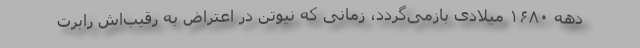
دهه ۱۶۸۰ میلادی بازمی‌گردد، زمانی که نیوتن در اعتراض به رقیب‌اش رابرت